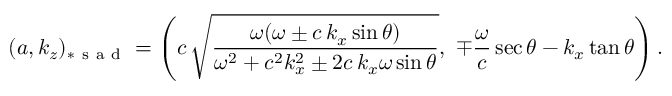
( a , k _ { z } ) _ { * \mathrm { ~ s ~ a ~ d ~ } } = \left( c \, \sqrt { \frac { \omega ( \omega \pm c \, k _ { x } \sin \theta ) } { \omega ^ { 2 } + c ^ { 2 } k _ { x } ^ { 2 } \pm 2 c \, k _ { x } \omega \sin \theta } } , \, \, \mp \frac { \omega } { c } \sec \theta - k _ { x } \tan \theta \right) .